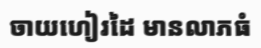
ចាយហៀរដៃ មានលាភធំ